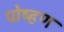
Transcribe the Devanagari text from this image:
पोष्हण